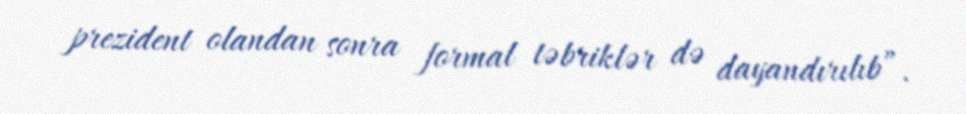
prezident olandan sonra formal təbriklər də dayandırılıb”.